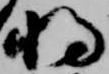
将